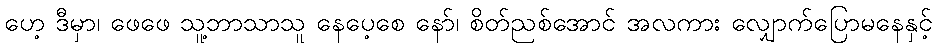
ဟေ့ ဒီမှာ၊ ဖေဖေ သူ့ဘာသာသူ နေပေ့စေ နော်၊ စိတ်ညစ်အောင် အလကား လျှောက်ပြောမနေနှင့်